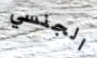
الجنسي